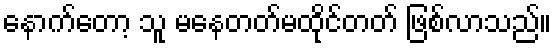
နောက်တော့ သူ မနေတတ်မထိုင်တတ် ဖြစ်လာသည်။